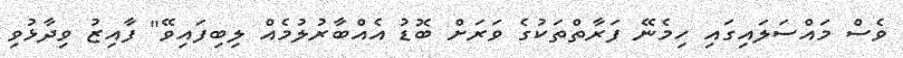
ވެސް މައްސަލައިގައި ހިމެނޭ ފަރާތްތަކުގެ ވަރަށް ބޮޑު އެއްބާރުލުމެއް ލިބިފައިވޭ" ފާއިޒު ވިދާޅުވި